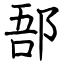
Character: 郚